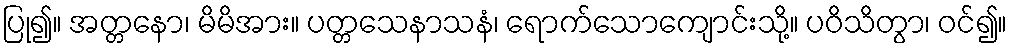
ပြု၍။ အတ္တနော၊ မိမိအား။ ပတ္တသေနာသနံ၊ ရောက်သောကျောင်းသို့။ ပဝိသိတွာ၊ ဝင်၍။